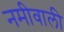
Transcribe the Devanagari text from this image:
नमीवाली